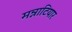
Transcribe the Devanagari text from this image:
मन्नाटियार